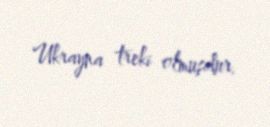
Ukrayna treki olmuşdur.